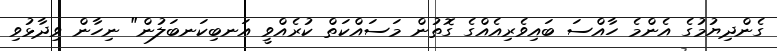
ގެންދިޔުމުގެ އެންމެ ހާއްސަ ބައިވެރިއެއްގެ ގޮތުން މަސައްކަތް ކުރެއްވީ އަނބިކަނބަލުން" ނިހާން ވިދާޅުވި